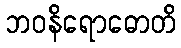
ဘဝနိရောဓောတိ